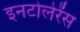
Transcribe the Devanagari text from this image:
इनटोलेरेंस